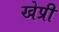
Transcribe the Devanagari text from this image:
खेप्री